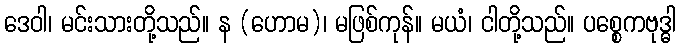
ဒေဝါ၊ မင်းသားတို့သည်။ န (ဟောမ)၊ မဖြစ်ကုန်။ မယံ၊ ငါတို့သည်။ ပစ္စေကဗုဒ္ဓါ